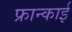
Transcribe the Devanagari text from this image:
फ्रान्काई